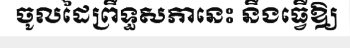
ចូលដៃព្រឹទ្ធសភានេះ នឹងធ្វើឱ្យ